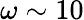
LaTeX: \omega\sim 10